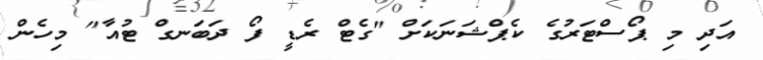
އަދި މި ޕޯސްޓަރުގެ ކެޕްޝަނަކަށް "ގެޓް ރެޑީ ފޯ ދަބަނގް ޓުއާ" މިހެން